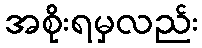
အစိုးရမှလည်း